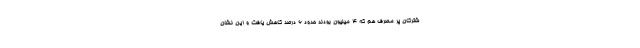
شترکان پر مصرف هم که ۴ میلیون بودند حدود ۶ درصد کاهش یافت و این نشان